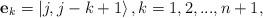
LaTeX: \begin{align*}\mathbf{e}_{k}=\left\vert j,j-k+1\right\rangle ,k=1,2,...,n+1,\end{align*}